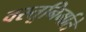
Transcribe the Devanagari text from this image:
वस्तूनिर्माते